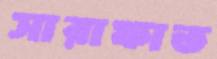
সারাফাত